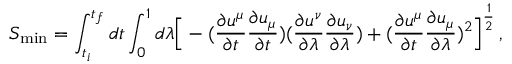
S _ { \mathrm { m i n } } = \int _ { t _ { i } } ^ { t _ { f } } d t \int _ { 0 } ^ { 1 } d \lambda \Big [ - ( { \frac { \partial u ^ { \mu } } { \partial t } } { \frac { \partial u _ { \mu } } { \partial t } } ) ( { \frac { \partial u ^ { \nu } } { \partial \lambda } } { \frac { \partial u _ { \nu } } { \partial \lambda } } ) + ( { \frac { \partial u ^ { \mu } } { \partial t } } { \frac { \partial u _ { \mu } } { \partial \lambda } } ) ^ { 2 } \Big ] ^ { \frac { 1 } { 2 } } \, ,